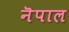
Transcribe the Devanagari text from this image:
नॆपाल